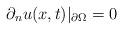
LaTeX: \begin{align*}\partial_n u(x,t)|_{\partial \Omega} = 0\end{align*}